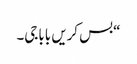
“بس کریں باباجی۔